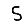
Digit: 5